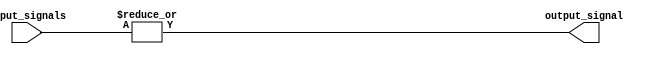
module OR_64 (
  input [63:0] input_signals,
  output output_signal
);

assign output_signal = |input_signals;

endmodule